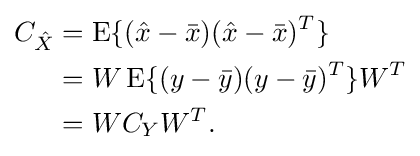
{\begin{aligned}C_{\hat {X}}&=\operatorname {E} \{({\hat {x}}-{\bar {x}})({\hat {x}}-{\bar {x}})^{T}\}\\&=W\operatorname {E} \{(y-{\bar {y}})(y-{\bar {y}})^{T}\}W^{T}\\&=WC_{Y}W^{T}.\\\end{aligned}}